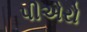
પીએરો